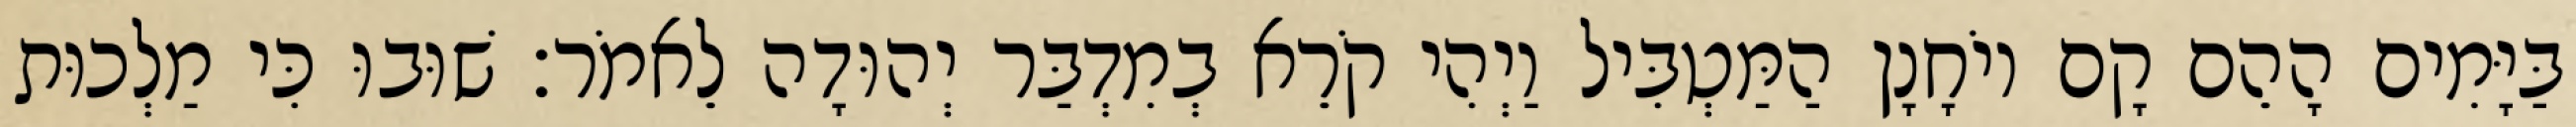
בַּיָּמִים הָהֵם קָם יוֹחָנָן הַמַּטְבִּיל וַיְהִי קֹרֵא בְמִדְבַּר יְהוּדָה לֵאמֹר׃ שׁוּבוּ כִּי מַלְכוּת